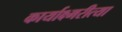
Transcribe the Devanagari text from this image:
कार्याक्ष्मरीत्या